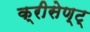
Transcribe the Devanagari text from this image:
क्रीसेण्ट्